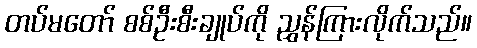
တပ်မတော် စစ်ဦးစီးချုပ်ကို ညွှန်ကြားလိုက်သည်။